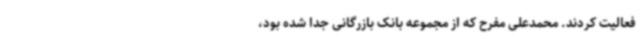
فعالیت کردند. محمدعلی مفرح که از مجموعه بانک بازرگانی جدا شده بود،